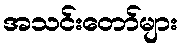
အသင်းတော်များ